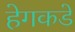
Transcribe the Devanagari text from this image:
हेगकडे